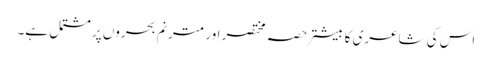
اس کی شاعری کا بیشتر حصہ مختصر اور مترنم بحروں پر مشتمل ہے۔